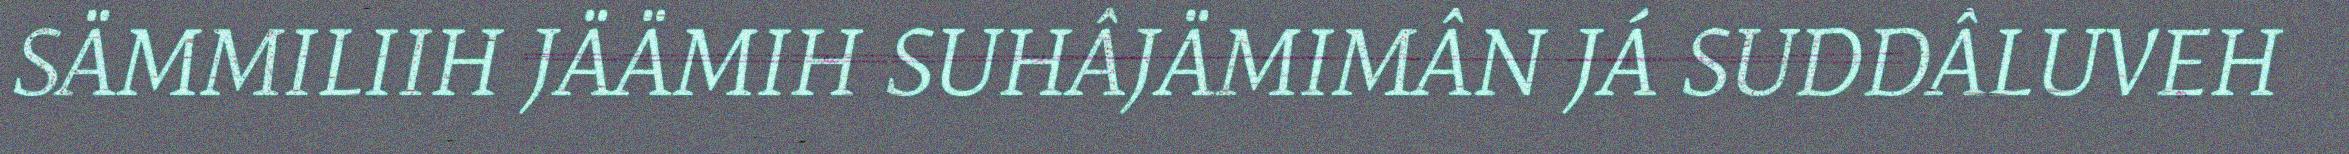
SÄMMILIIH JÄÄMIH SUHÂJÄMIMÂN JÁ SUDDÂLUVEH